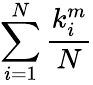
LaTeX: \sum_{i=1}^{N}\frac{k_{i}^{m}}{N}